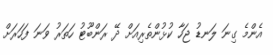
އެންމެ ގިނަ ލަނޑު ޖަހާ ކުޅުންތެރިއަށް ދޭ ރަންބޫޓު ހަތަރު ވަނަ ފަހަރަށް